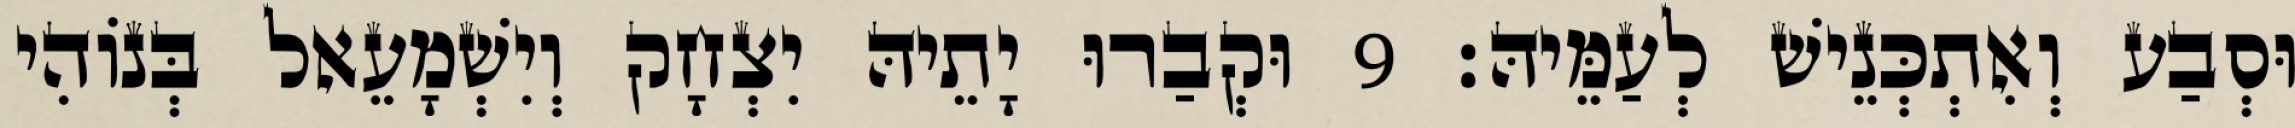
וּסְבַע וְאִתְכְּנֵישׁ לְעַמֵּיהּ׃ 9 וּקְבַרוּ יָתֵיהּ יִצְחָק וְיִשְׁמָעֵאל בְּנוֹהִי